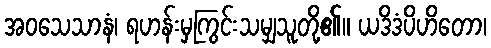
အဝသေသာနံ၊ ရဟန်းမှကြွင်းသမျှသူတို့၏။ ယဒိဒံပိဟိတော၊